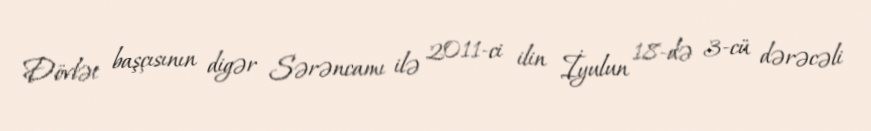
Dövlət başçısının digər Sərəncamı ilə 2011-ci ilin İyulun 18-də 3-cü dərəcəli